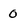
Character: 0